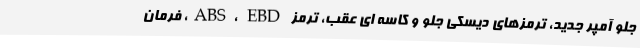
جلو آمپر جدید، ترمزهای دیسکی جلو و کاسه ای عقب، ترمز ABS، EBD، فرمان